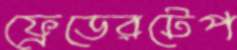
ফ্রেডেরটেপ